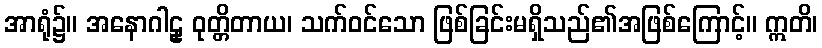
အာရုံ၌။ အနောဂါဠှ ဝုတ္တိတာယ၊ သက်ဝင်သော ဖြစ်ခြင်းမရှိသည်၏အဖြစ်ကြောင့်။ ဣတိ၊